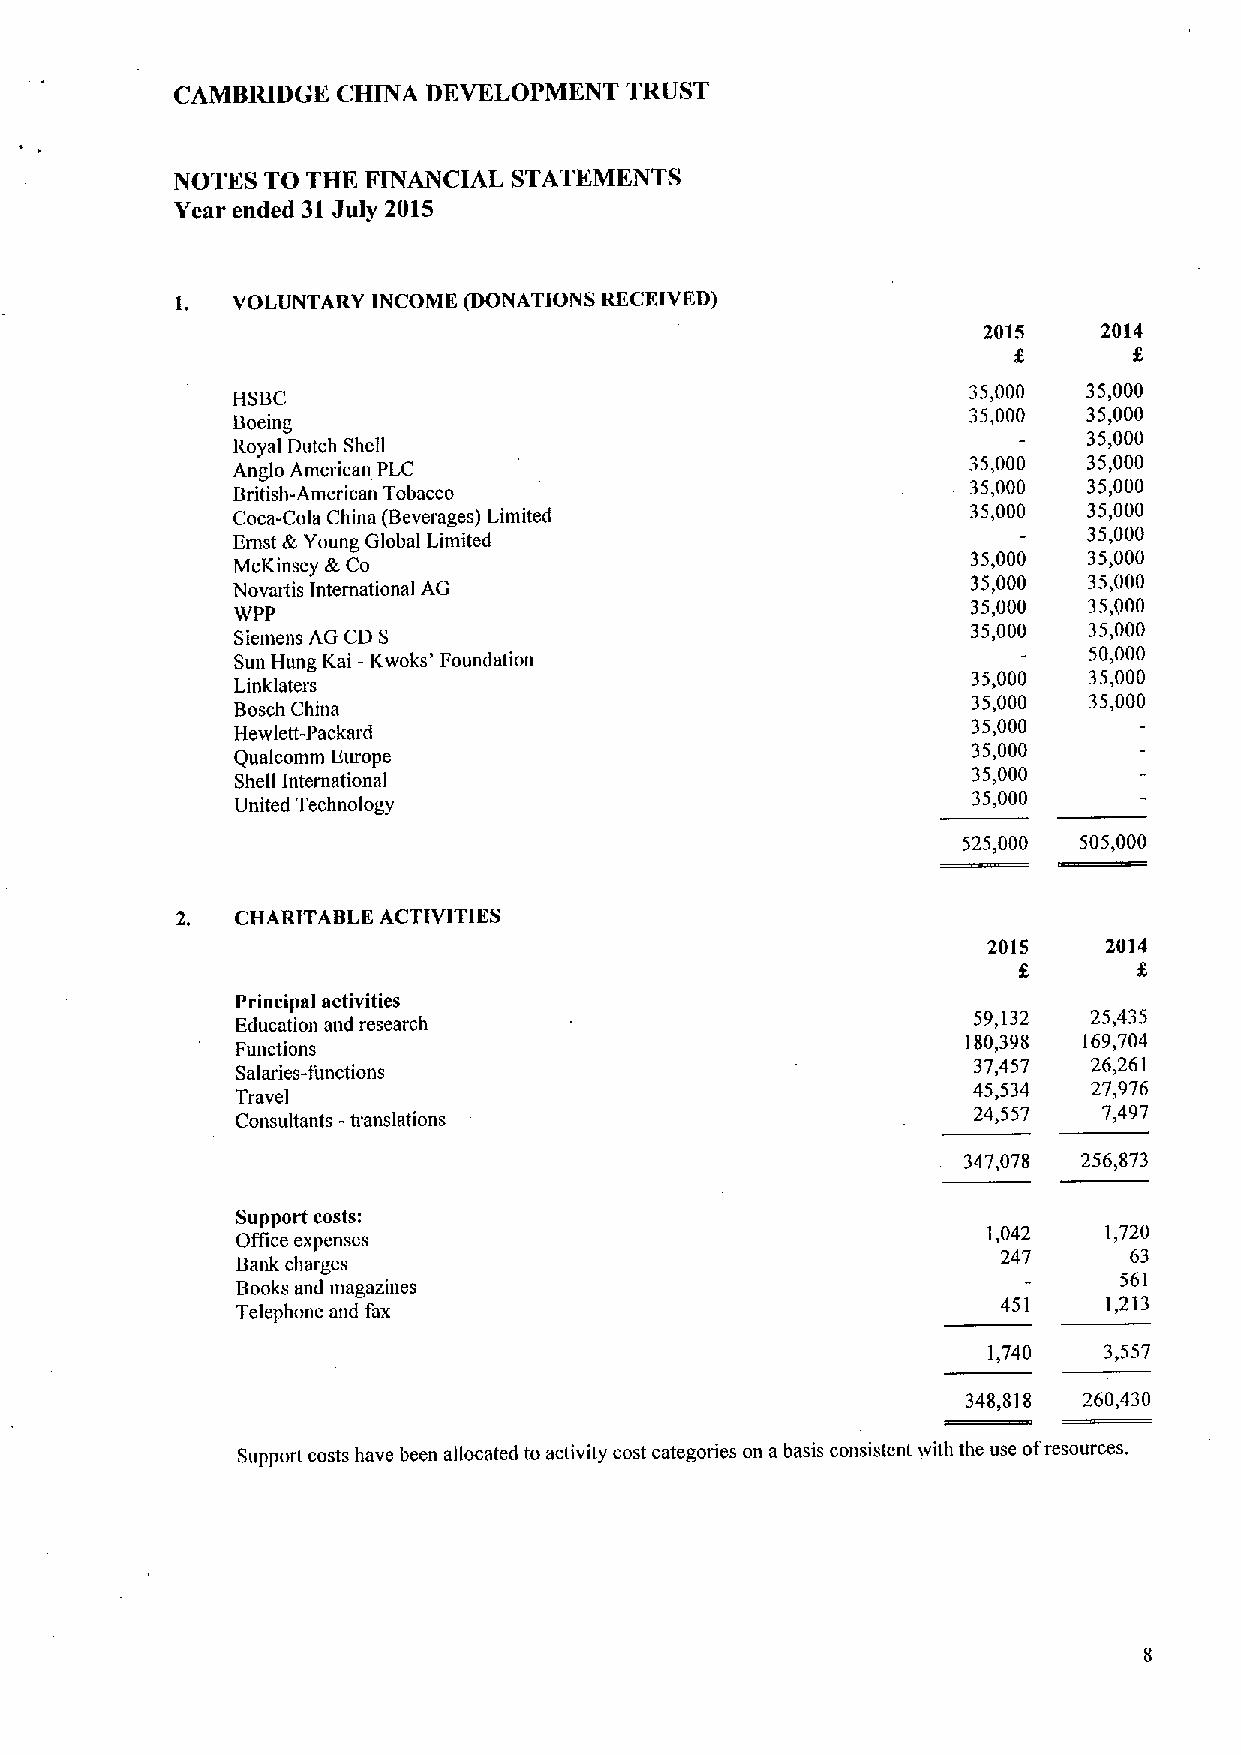
CAMBRIDGE CHINA DEVELOPMENT  TRUST
 NOTES TO THE FINANCIAL STATEMENTS
 Year ended 31July 2015
 1. VOLUNTARY INCOME (DONATIONS RECEIVED)
 2015    2014
 HSBC                                             35,000  35,000
 35,000  35,000
 Boeing
 35,000
 Royal Dutch Shell
 Anglo American PLC                               35,000  35,000
 British-American Tobacco                         35,000  35,000
 Coca-Cola China (Beverages) Limited
 35,000  35,000
 35,000
 Emst te Young Global Limited
 McKinsey 4t Co                                   35,000  35,000
 Novartis International AG
 35,000  35,000
 wpp
 35,000  35,000
 Siemens AG CD S
 35,000  35,000
 Sun Hung Kai -Kwoks' Foundation                          50,000
 35,000  35,000
 Linklaters
 Bosch China
 35,000  35,000
 Hewlett-Packard
 35,000
 35,000
 Qualcomm Europe
 35,000
 Shell International
 35,000
 United Technology
 525,000 505,000
 2.  CHARITABLE ACTIVITIES
 2015    2014
 Principal activities
 Education and research                          59,132  25,435
 180,398 169,704
 Functions
 37,457  26,261
 Salaries-functions
 45,534  27,976
 Travel
 Consultants -translations                       24,557   7,497
 347,078 256,873
 Support costs:
 Office expenses
 1,042   1,720
 247      63
 Bank charges
 561
 Books and magazines
 Telephone and fax                                 451    I 213
 1,740   3,557
 348,818 260,430
 Support costs have been allocated to activity cost categories on abasis consistent with the use ofresources.